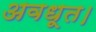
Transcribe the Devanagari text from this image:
अवधूत।